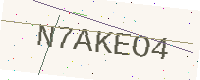
Text: N7AKEO4